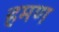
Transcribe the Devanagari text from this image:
हमण